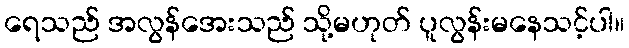
ရေသည် အလွန်အေးသည် သို့မဟုတ် ပူလွန်းမနေသင့်ပါ။